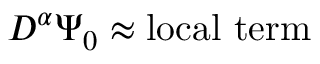
D ^ { \alpha } \Psi _ { 0 } \approx \mathrm { { l o c a l \ t e r m } }